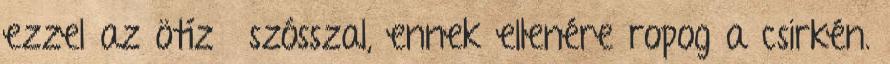
ezzel az ötízű szósszal, ennek ellenére ropog a csirkén.